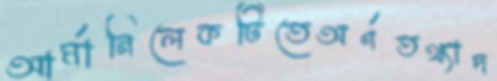
আর্মানিলেকটিতেঅর্ণতথ্যাদ